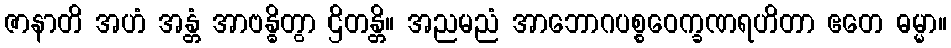
ဇာနာတိ အဟံ အန္တံ အာဗန္ဓိတွာ ဌိတန္တိ။ အညမညံ အာဘောဂပစ္စဝေက္ခဏရဟိတာ ဧတေ ဓမ္မာ။